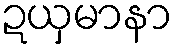
ဍယှမာနာ